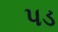
પડ